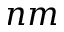
n m